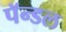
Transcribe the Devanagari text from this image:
पॅन्डल